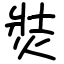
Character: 焋